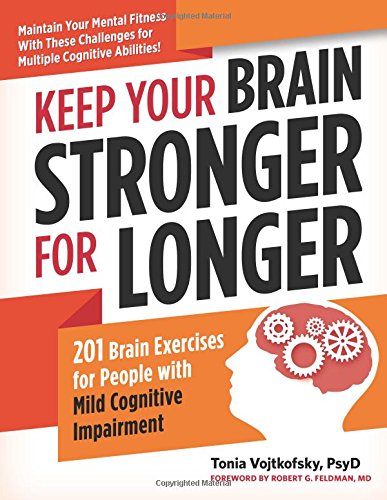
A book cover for Keep Your Brain Stronger for Longer: 201 Brain Exercises for People with Mild Cognitive Impairment; Tonia Vojtkofsky Psy.D; Self-Help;